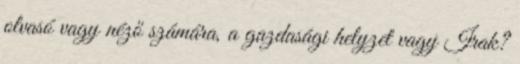
olvasó vagy néző számára, a gazdasági helyzet vagy Irak?